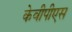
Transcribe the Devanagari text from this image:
केवीपीएस